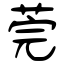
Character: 莞